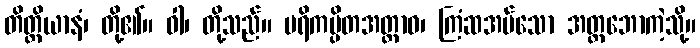
တိတ္ထိယာနံ၊ တို့၏။ ဝါ၊ တို့သည်။ ပရိကပ္ပိတအတ္တာဝ၊ ကြံဆအပ်သော အတ္တဘောကဲ့သို့။